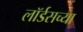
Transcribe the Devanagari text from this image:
लॉर्डसच्या